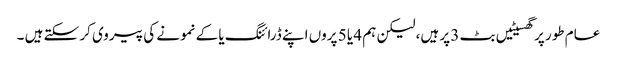
عام طور پر گھسیٹیں بٹ 3 پر ہیں، لیکن ہم 4 یا 5 پروں اپنے ڈرائنگ یا کے نمونے کی پیروی کر سکتے ہیں ۔